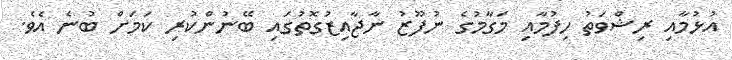
އުޅުމާއި ރިޝްވަތު ހިފުމާއި މަގާމުގެ ނުފޫޒު ނާޖާއިޒުގޮތުގައި ބޭނުންކުރި ކަމަށް ބުނެ އެވެ.